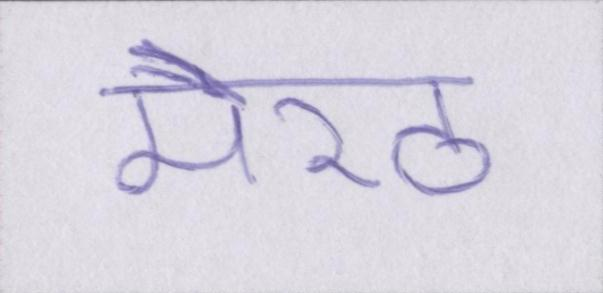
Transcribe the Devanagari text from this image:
मेरठ